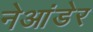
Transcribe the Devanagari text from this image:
नेआंडेर